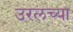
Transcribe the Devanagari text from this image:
उरलच्या